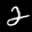
Label: 2